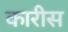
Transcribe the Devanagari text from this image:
कारीस